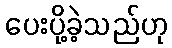
ပေးပို့ခဲ့သည်ဟု